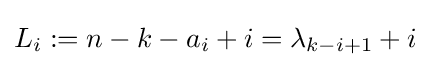
L_{i}:=n-k-a_{i}+i=\lambda _{k-i+1}+i